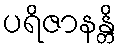
ပရိဇာနန္တိ